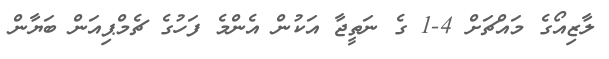
ލާޒިއޯގެ މައްޗަށް 4-1 ގެ ނަތީޖާ އަކުން އެންމެ ފަހުގެ ޗެމްޕިއަން ބަޔާން